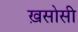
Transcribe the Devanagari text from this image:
ख़सोसी